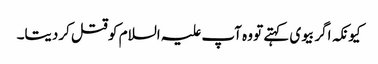
کیونکہ اگر بیوی کہتے تو وہ آپ علیہ السلام کو قتل کردیتا۔